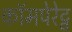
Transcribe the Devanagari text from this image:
कॉमपेरेट्व